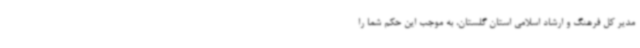
مدیر کل فرهنگ و ارشاد اسلامی استان گلستان، به موجب این حکم شما را